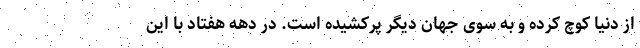
از دنیا کوچ کرده و به سوی جهان دیگر پرکشیده است. در دهه هفتاد با این